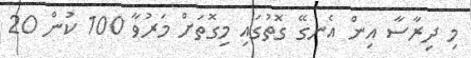
މި ދިރާސާ އިން އެނގޭ ގޮތުގައި މިގޮތަށް މަރުވާ 100 ކުން 20